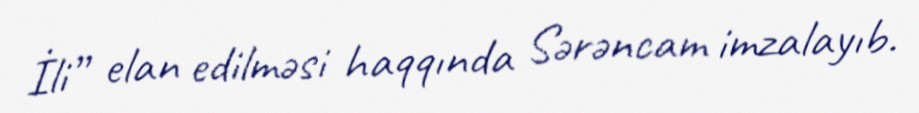
İli” elan edilməsi haqqında Sərəncam imzalayıb.